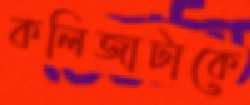
কলিজাটাকে